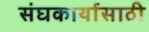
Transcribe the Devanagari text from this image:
संघकार्यासाठी